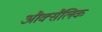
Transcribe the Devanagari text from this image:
औक्सैलिक